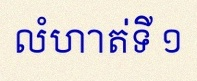
លំហាត់ទី ១